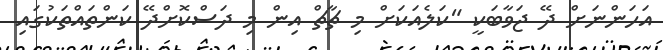
އަހަންނަށް ދޭ ޖަވާބަކީ "ކަލެއަކަށް މި ޗާޗް އިން މި ދަސްކޮށްދޭ ކަންތައްތަކުގައި